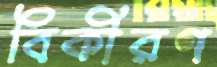
বিকীরণ